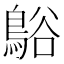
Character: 𪁴